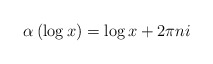
\begin{align*} \alpha\left( \log x\right) = \log x + 2\pi n i\end{align*}